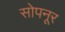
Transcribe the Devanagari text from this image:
सोपनूर